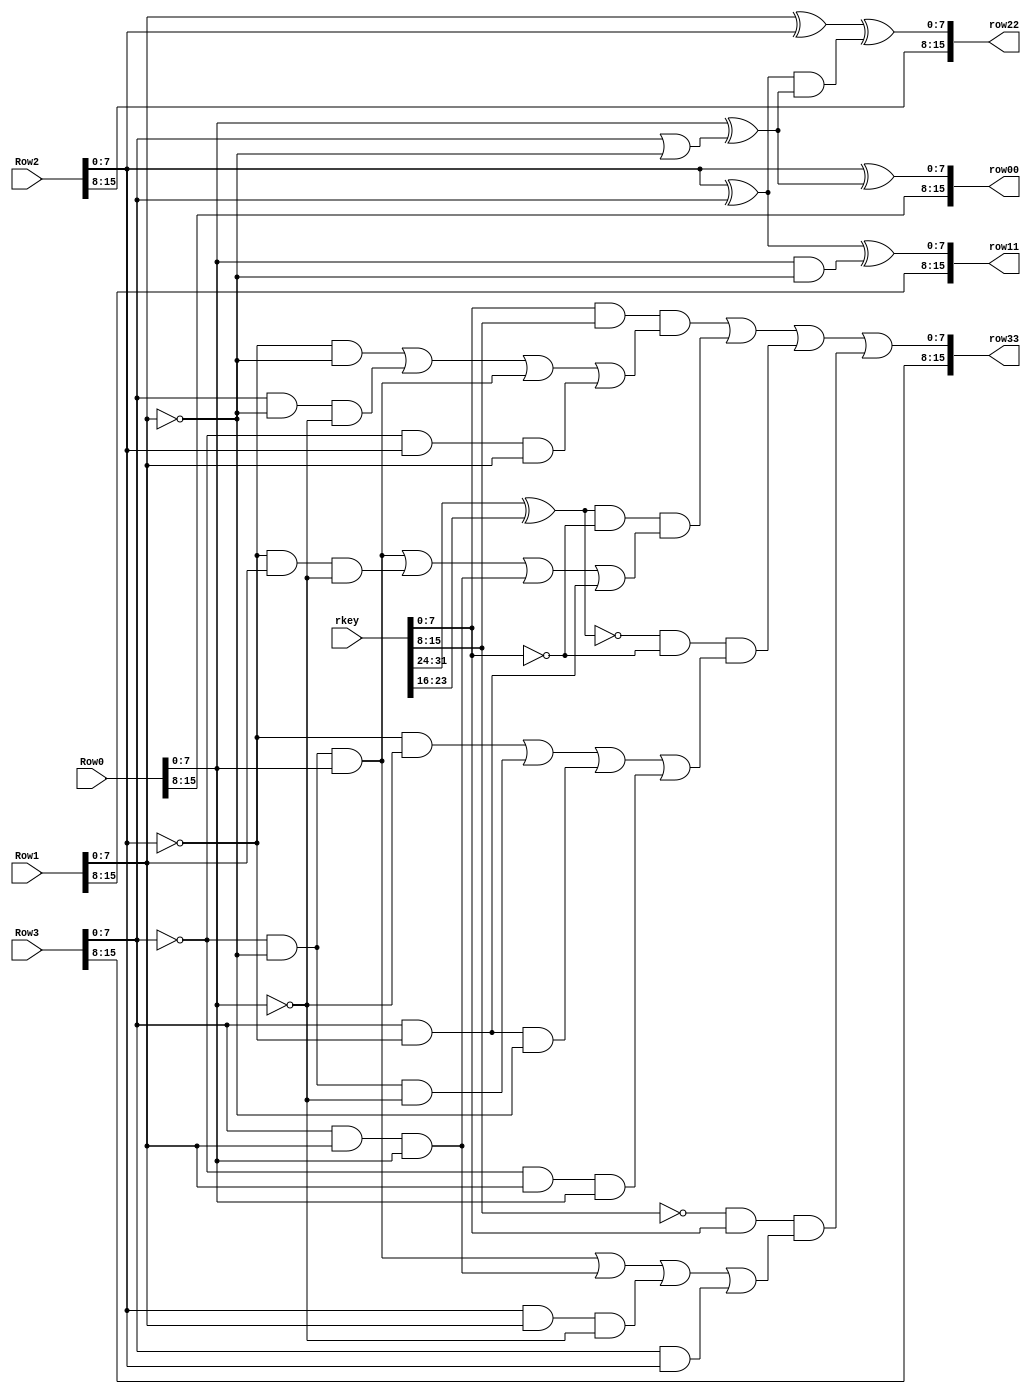
//////////////////////////////////////////////////////////////////////////////////
// Company: 
// Engineer: 
// 
// Design Name: 
// Module Name:    eS 
// Project Name: 
// Target Devices: 
// Tool versions: 
// Description: 
//
// Dependencies: 
//
// Revision: 
// Revision 0.01 - File Created
// Additional Comments: 
//
//////////////////////////////////////////////////////////////////////////////////
module eS(Row0,Row1,Row2,Row3,rkey,row00,row11,row22,row33);
  input[0:15] Row0;
  input[0:15] Row1;
  input[0:15] Row2;
  input[0:15] Row3;
  input[0:31] rkey;
  output[0:15] row00;
  output[0:15] row11;
  output[0:15] row22;
  output[0:15] row33;
  wire[0:7] s0,s1,s2,s3,s[1:7];
  
 
  assign s[1]=~(Row1[8:15]);
  assign s[2]=(Row0[8:15]&s[1]);
  assign s[3]=(Row2[8:15]^Row3[8:15]);

  assign s1=s[3]^s[2];
  assign s[4]=(Row3[8:15]|s[1]);
  assign s[5]=((Row0[8:15]^s[4]));

  assign s0=Row2[8:15]^s[5];
  assign s[6]=(Row1[8:15]^Row2[8:15]);
  assign s[7]=(s[3]&s[5]);

  assign s2=s[6]^s[7];
  assign s3=((rkey[24:31]&rkey[16:23])&((~Row2[8:15]&~Row1[8:15])|(Row3[8:15]&~Row1[8:15]&~Row0[8:15])|(~Row3[8:15]&~Row1[8:15]&Row0[8:15])|(~Row3[8:15]&Row2[8:15]&Row1[8:15])))|
		 (((rkey[0:7]^rkey[8:15])&~rkey[24:31])&((~Row3[8:15]&~Row1[8:15]&Row0[8:15])|(~Row2[8:15]&Row1[8:15]&~Row0[8:15])|(Row3[8:15]&Row1[8:15]&Row0[8:15])|(Row3[8:15]&~Row2[8:15])))|
		 
		 ((~(rkey[0:7]^rkey[8:15])&~rkey[24:31])&((~Row2[8:15]&~Row0[8:15])|(~Row3[8:15]&~Row1[8:15]&~Row0[8:15])|(Row3[8:15]&~Row2[8:15]&~Row1[8:15])|(~Row3[8:15]&Row1[8:15]&Row0[8:15])))|
		
		 ((~rkey[16:23]&rkey[24:31])&((~Row3[8:15]&~Row1[8:15]&Row0[8:15])|(Row3[8:15]&Row1[8:15]&Row0[8:15])|(Row2[8:15]&Row1[8:15]&~Row0[8:15])|(Row3[8:15]&Row2[8:15])));
		 

  
  assign row00={Row0[0:7],s0};
  assign row11={Row1[0:7],s1};
  assign row22={Row2[0:7],s2};
  assign row33={Row3[0:7],s3};

endmodule